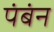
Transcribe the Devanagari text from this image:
पंबंन